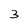
Character: 3